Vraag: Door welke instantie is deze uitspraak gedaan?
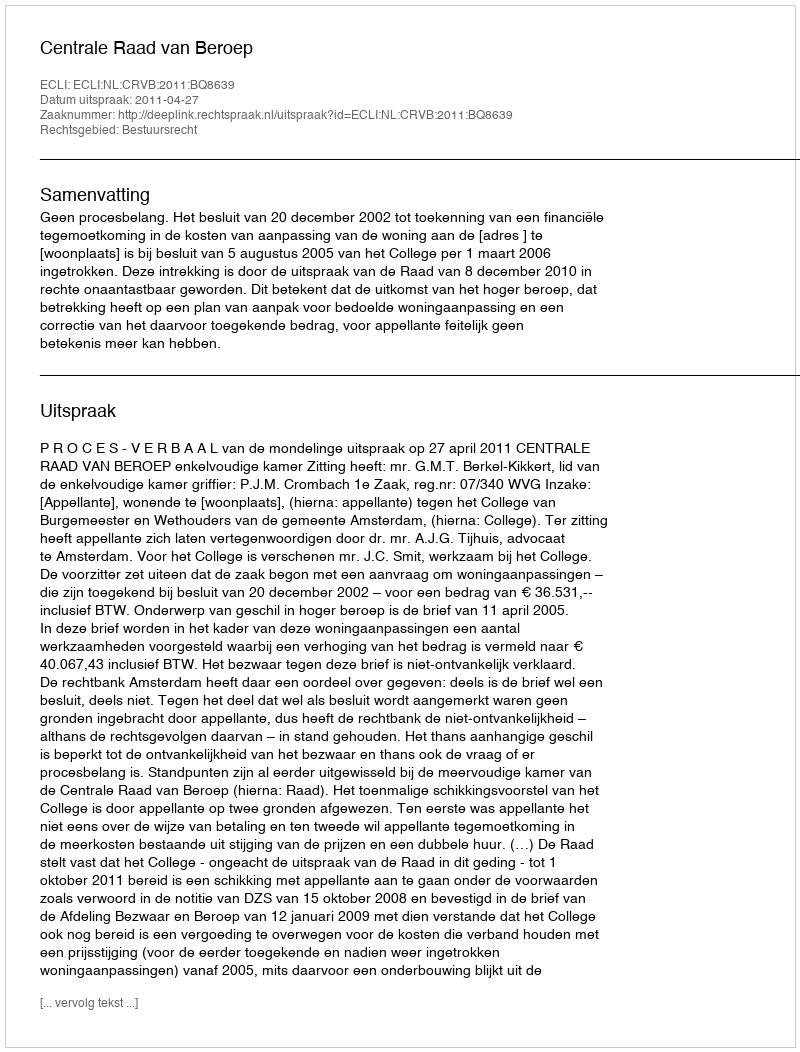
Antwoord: Centrale Raad van Beroep